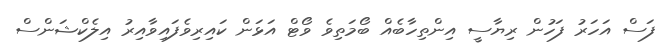
ފަސް އަހަރު ފަހުން ރިޔާސީ އިންތިހާބެއް ބޯމަތިވެ ވޯޓް އަޅަން ކައިރިވެފައިވާއިރު އިލެކްޝަންސް